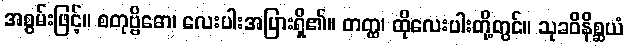
အစွမ်းဖြင့်။ စတုဗ္ဗိဓော၊ လေးပါးအပြားရှိ၏။ တတ္ထ၊ ထိုလေးပါးတို့တွင်။ သုခဝိနိစ္ဆယံ